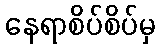
နေရာစိပ်စိပ်မှ